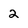
Character: 2